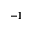
- 1